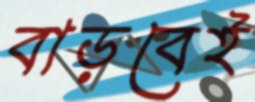
বাড়বেই